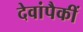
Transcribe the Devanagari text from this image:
देवांपैकीं